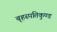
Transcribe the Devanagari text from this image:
बृहस्पतिकुण्ड